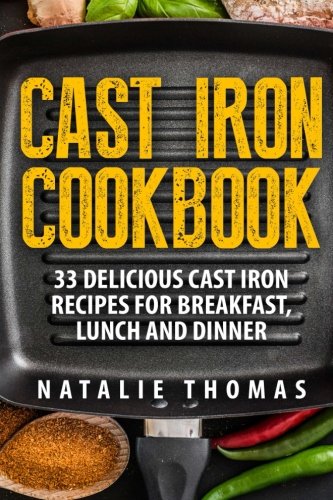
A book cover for Cast Iron Cookbook: 33 Delicious Cast Iron Recipes For Breakfast, Lunch And Dinner (Cast Iron Cooking, Cast Iron Recipes, Cast Iron Cookbook); Natalie Thomas; Cookbooks, Food & Wine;